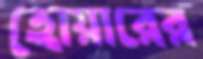
হোয়ারের